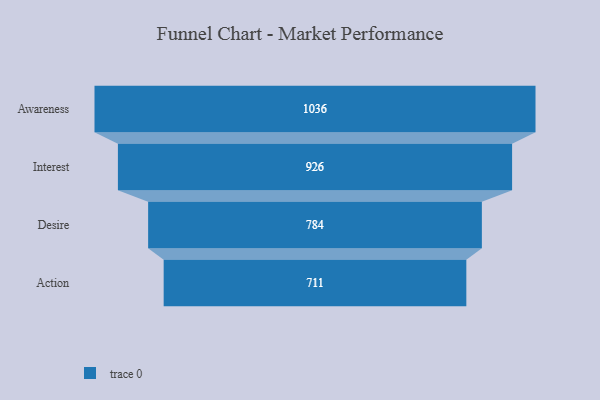
{"axis": {"x": "Stage", "y": "Value"}, "legend": [""], "data": [{"x": "Awareness", "y": 1036.0, "type": ""}, {"x": "Interest", "y": 926.0, "type": ""}, {"x": "Desire", "y": 784.0, "type": ""}, {"x": "Action", "y": 711.0, "type": ""}]}